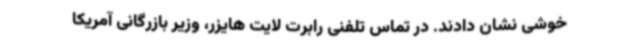
خوشی نشان دادند. در تماس تلفنی رابرت لایت هایزر، وزیر بازرگانی آمریکا